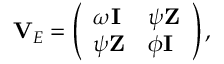
\mathbf { V } _ { E } = \left( \begin{array} { l l } { \omega \mathbf { I } } & { \psi \mathbf { Z } } \\ { \psi \mathbf { Z } } & { \phi \mathbf { I } } \end{array} \right) ,